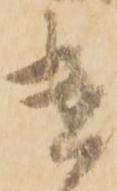
遣